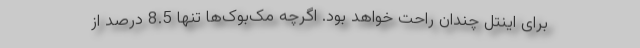
برای اینتل چندان راحت خواهد بود. اگرچه مک‌بوک‌ها تنها 8.5 درصد از